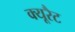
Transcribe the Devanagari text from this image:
क्यूरैट